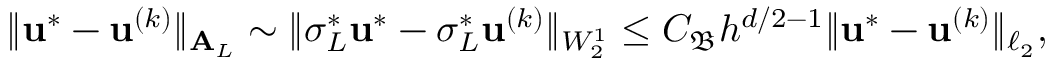
\| \boldsymbol { \mathbf { u } } ^ { * } - \boldsymbol { \mathbf { u } } ^ { ( k ) } \| _ { \boldsymbol { \mathbf { A } } _ { L } } \sim \| \sigma _ { L } ^ { * } \boldsymbol { \mathbf { u } } ^ { * } - \sigma _ { L } ^ { * } \boldsymbol { \mathbf { u } } ^ { ( k ) } \| _ { W _ { 2 } ^ { 1 } } \le C _ { \mathfrak { B } } h ^ { d / 2 - 1 } \| \boldsymbol { \mathbf { u } } ^ { * } - \boldsymbol { \mathbf { u } } ^ { ( k ) } \| _ { \ell _ { 2 } } ,